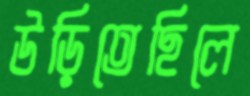
উড়িতেছিলে